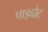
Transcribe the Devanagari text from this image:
पाइवोट